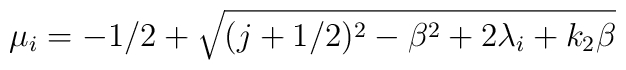
\mu_{i} =-1/2+\sqrt{(j+1/2)^{2} - \beta ^{2} + 2 \lambda _{i} + k_{2}\beta }